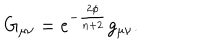
LaTeX: G _ { \mu \nu } = e ^ { - \frac { 2 \phi } { n + 2 } } g _ { \mu \nu } .